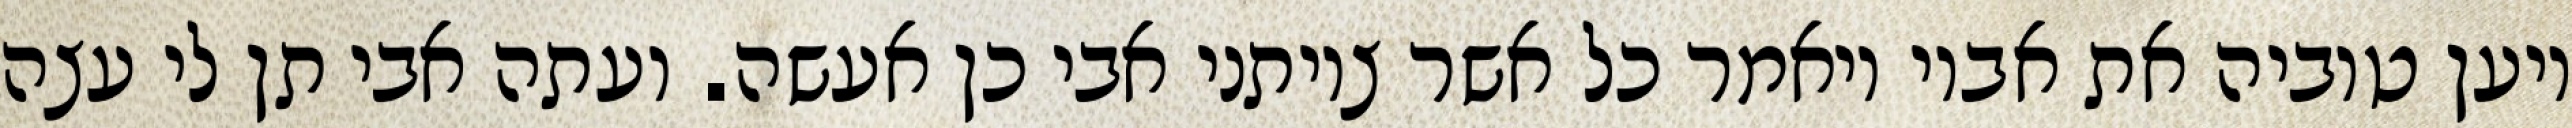
ויען טוביה את אביו ויאמר כל אשר צויתני אבי כן אעשה. ועתה אבי תן לי עצה